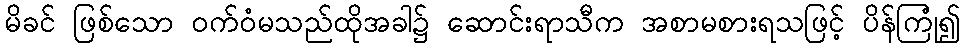
မိခင် ဖြစ်သော ဝက်ဝံမသည်ထိုအခါ၌ ဆောင်းရာသီက အစာမစားရသဖြင့် ပိန်ကြုံ၍